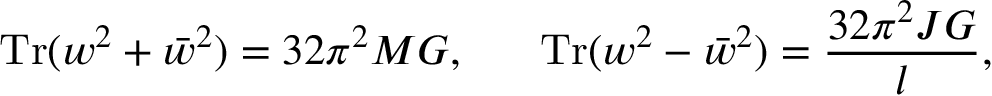
\mathrm { T r } ( w ^ { 2 } + \bar { w } ^ { 2 } ) = 3 2 \pi ^ { 2 } M G , \ \ \ \ \ \mathrm { T r } ( w ^ { 2 } - \bar { w } ^ { 2 } ) = { \frac { 3 2 \pi ^ { 2 } J G } { l } } ,